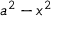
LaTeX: a ^ { 2 } - x ^ { 2 }